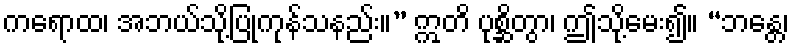
ကရောထ၊ အဘယ်သို့ပြုကုန်သနည်း။” ဣတိ ပုစ္ဆိတွာ၊ ဤသို့မေး၍။ “ဘန္တေ၊